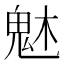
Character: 𩲙